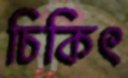
চিকিৎ